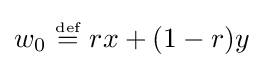
w_{0}~{\stackrel {\scriptscriptstyle {\text{def}}}{=}}~rx+(1-r)y